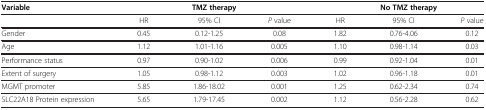
<table><thead><tr><td><b>Variable</b></td><td colspan="3"><b>TMZ therapy</b></td><td colspan="3"><b>No TMZ therapy</b></td></tr></thead><tbody><tr><td> </td><td>HR</td><td>95% CI</td><td><i>P</i> value</td><td>HR</td><td>95% CI</td><td><i>P</i> value</td></tr><tr><td>Gender</td><td>0.45</td><td>0.12-1.25</td><td>0.08</td><td>1.82</td><td>0.76-4.06</td><td>0.12</td></tr><tr><td>Age</td><td>1.12</td><td>1.01-1.16</td><td>0.005</td><td>1.10</td><td>0.98-1.14</td><td>0.03</td></tr><tr><td>Performance status</td><td>0.97</td><td>0.90-1.02</td><td>0.006</td><td>0.99</td><td>0.92-1.04</td><td>0.01</td></tr><tr><td>Extent of surgery</td><td>1.05</td><td>0.98-1.12</td><td>0.003</td><td>1.02</td><td>0.96-1.18</td><td>0.01</td></tr><tr><td>MGMT promoter</td><td>5.85</td><td>1.86-18.02</td><td>0.001</td><td>1.25</td><td>0.62-2.34</td><td>0.74</td></tr><tr><td>SLC22A18 Protein expression</td><td>5.65</td><td>1.79-17.45</td><td>0.002</td><td>1.12</td><td>0.56-2.28</td><td>0.62</td></tr></tbody></table>